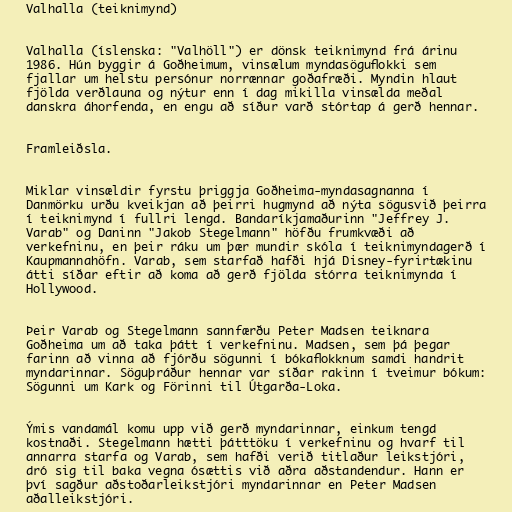
Valhalla (teiknimynd)

Valhalla (íslenska: "Valhöll") er dönsk teiknimynd frá árinu
1986. Hún byggir á Goðheimum, vinsælum myndasöguflokki sem
fjallar um helstu persónur norrænnar goðafræði. Myndin hlaut
fjölda verðlauna og nýtur enn í dag mikilla vinsælda meðal
danskra áhorfenda, en engu að síður varð stórtap á gerð hennar.

Framleiðsla.

Miklar vinsældir fyrstu þriggja Goðheima-myndasagnanna í
Danmörku urðu kveikjan að þeirri hugmynd að nýta sögusvið þeirra
í teiknimynd í fullri lengd. Bandaríkjamaðurinn "Jeffrey J.
Varab" og Daninn "Jakob Stegelmann" höfðu frumkvæði að
verkefninu, en þeir ráku um þær mundir skóla í teiknimyndagerð í
Kaupmannahöfn. Varab, sem starfað hafði hjá Disney-fyrirtækinu
átti síðar eftir að koma að gerð fjölda stórra teiknimynda í
Hollywood.

Þeir Varab og Stegelmann sannfærðu Peter Madsen teiknara
Goðheima um að taka þátt í verkefninu. Madsen, sem þá þegar
farinn að vinna að fjórðu sögunni í bókaflokknum samdi handrit
myndarinnar. Söguþráður hennar var síðar rakinn í tveimur bókum:
Sögunni um Kark og Förinni til Útgarða-Loka.

Ýmis vandamál komu upp við gerð myndarinnar, einkum tengd
kostnaði. Stegelmann hætti þátttöku í verkefninu og hvarf til
annarra starfa og Varab, sem hafði verið titlaður leikstjóri,
dró sig til baka vegna ósættis við aðra aðstandendur. Hann er
því sagður aðstoðarleikstjóri myndarinnar en Peter Madsen
aðalleikstjóri.